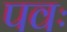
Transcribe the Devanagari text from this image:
पवः